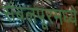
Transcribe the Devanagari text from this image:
संबलपूरमध्ये